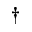
^ { \dagger }